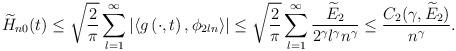
LaTeX: \begin{align*}\widetilde H_{n0}(t) \le \sqrt{\dfrac{2}{\pi}}\sum_{l=1}^\infty \left| {\langle g\left( \cdot,t \right),{\phi _{2ln}}\rangle } \right|\le \sqrt {\frac{2}{\pi }} \sum\limits_{l = 1}^\infty \frac{ \widetilde E_2}{2^{\gamma}l^{\gamma} n^{\gamma}} \le \frac{C_2(\gamma, \widetilde E_2)}{n^{\gamma}} .\end{align*}